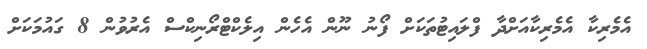
އެމެރިކާ އެމެރިކާއަށްދާ ފްލައިޓުތަކަށް ފޯނު ނޫން އެހެން އިލެކްޓްރޯނިކްސް އެރުވުން 8 ގައުމަކަށް